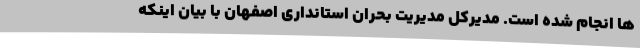
ها انجام شده است. مدیرکل مدیریت بحران استانداری اصفهان با بیان اینکه